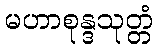
မဟာစုန္ဒသုတ္တံ